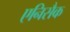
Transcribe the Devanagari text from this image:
एनिसैक